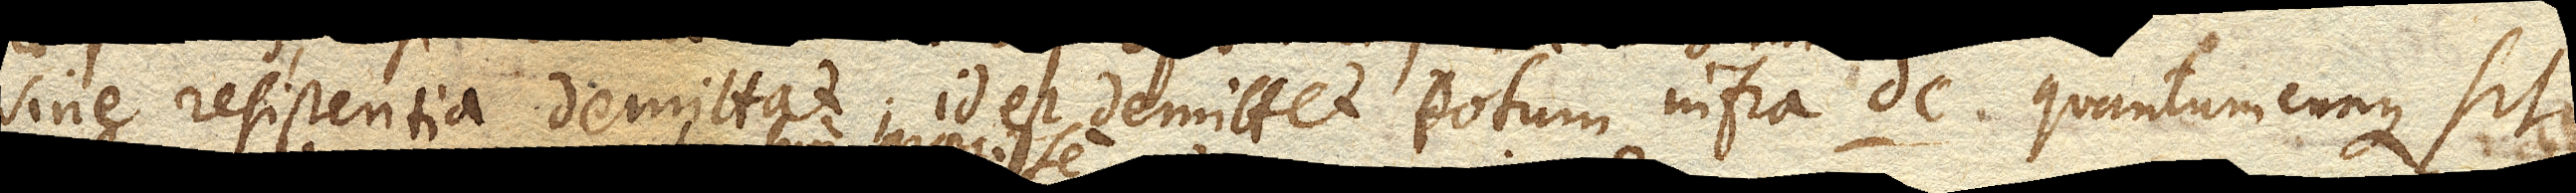
sine resistentia demittat; id est demittet totum infra dc. quantumcunque sit